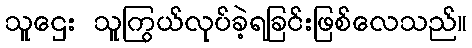
သူဌေး သူကြွယ်လုပ်ခဲ့ရခြင်းဖြစ်လေသည်။